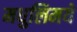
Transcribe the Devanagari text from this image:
मधुलिमये